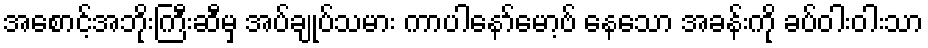
အစောင့်အဘိုးကြီးဆီမှ အပ်ချုပ်သမား ကာပါနော်မော့ဗ် နေသော အခန်းကို ခပ်ဝါးဝါးသာ